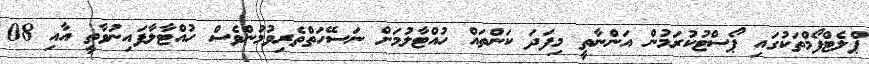
ޕްލެޓްފޯމްތަކުގައި ޕޯސްޓުކުރަމުން އަންނާތީ މިފަދަ ކަންތައް ހުއްޓާލުމަށް ނަސޭހަތްތެރިވުމުންވެސް ހުއްޓާލާފައިނުވާތީ އާއި 08